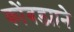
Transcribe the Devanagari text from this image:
कोंबड्याने